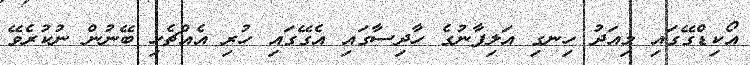
އޯކިޑްގޭގައި މިއަދު ހިނގި އަލިފާނުގެ ހާދިސާގައި އެގޭގައި ހުރި އެއްޗެހި ބޭނުން ނުކުރެވޭ